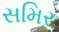
સમિર